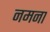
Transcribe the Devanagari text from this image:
नमना